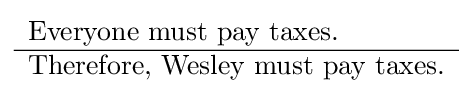
{\begin{array}{l}{\text{Everyone must pay taxes.}}\\\hline {\text{Therefore, Wesley must pay taxes.}}\end{array}}